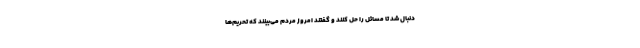
دنبال شد تا مسائل را حل کنند و گفتند امروز مردم می‌بینند که تحریم‌ها